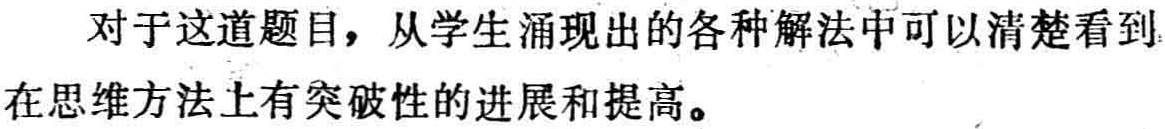
对于这道题目，从学生涌现出的各种解法中可以清楚看到在思维方法上有突破性的进展和提高。